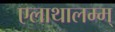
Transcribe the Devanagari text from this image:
एलाथालम्म्